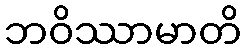
ဘဝိဿာမာတိ